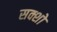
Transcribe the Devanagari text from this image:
सक्शो